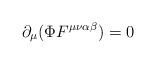
LaTeX: \begin{align*}\partial_{\mu}(\Phi F^{\mu\nu\alpha\beta})=0\end{align*}